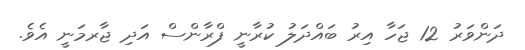
ދަންވަރު 12 ޖަހާ އިރު ބައްދަލު ކުރާނީ ފްރާންސް އަދި ޖާރމަނީ އެވެ.